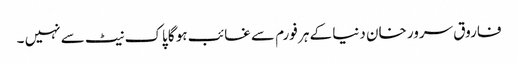
فاروق سرور خان دنیا کے ہر فورم سے غائب ہو گا پاک نیٹ سے نہیں ۔